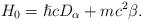
LaTeX: \begin{align*}H_0 = \hslash cD_\alpha + mc^2 \beta.\end{align*}